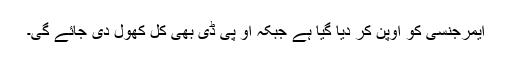
ایمرجنسی کو اوپن کر دیا گیا ہے جبکہ او پی ڈی بھی کل کھول دی جائے گی۔